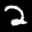
Label: 2